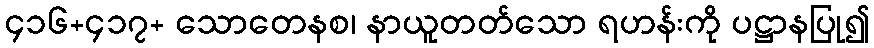
၄၁၆+၄၁၇+ သောတေနစ၊ နာယူတတ်သော ရဟန်းကို ပဋ္ဌာနပြု၍